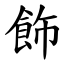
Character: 飾